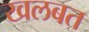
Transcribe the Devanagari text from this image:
खलबत